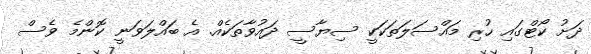
ދަށު ކޯޓްގައި ހުރި މައްސަލަތަކަކީ ސިޔާސީ ދައުވާތަކެއް. އެ ބައްލަވަނީ ކޮންމެ ވެސް